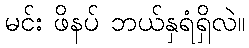
မင်း ဖိနပ် ဘယ်နှရံရှိလဲ။